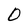
Character: O